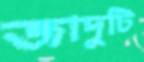
জাদুটি